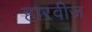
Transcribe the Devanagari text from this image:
हारवीज